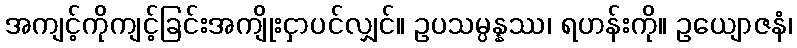
အကျင့်ကိုကျင့်ခြင်းအကျိုးငှာပင်လျှင်။ ဥပသမ္ပန္နဿ၊ ရဟန်းကို။ ဥယျောဇနံ၊